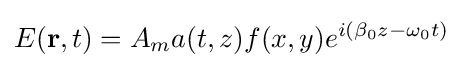
E(\mathbf {r} ,t)=A_{m}a(t,z)f(x,y)e^{i(\beta _{0}z-\omega _{0}t)}